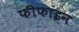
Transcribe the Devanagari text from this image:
फीफाइन